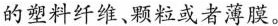
的塑料纤维、颗粒或者薄膜。